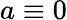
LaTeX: a\equiv 0